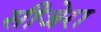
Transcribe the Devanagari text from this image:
सीजेरा